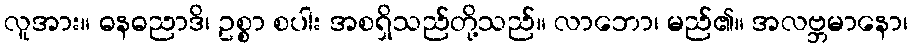
လူအား။ ဓနဓညာဒိ၊ ဥစ္စာ စပါး အစရှိသည်တို့သည်။ လာဘော၊ မည်၏။ အလဗ္ဘမာနော၊